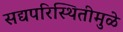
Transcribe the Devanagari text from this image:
सद्यपरिस्थितीमुळे